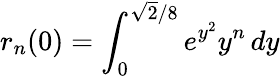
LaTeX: r_{n}(0)=\int_{0}^{\sqrt{2}/8}e^{y^{2}}y^{n}\, dy